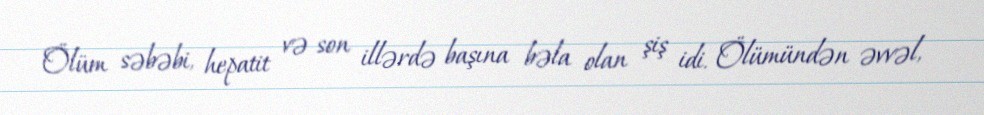
Ölüm səbəbi, hepatit və son illərdə başına bəla olan şiş idi. Ölümündən əvvəl,